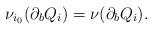
LaTeX: \begin{align*}\nu_{i_0}(\partial_bQ_i)=\nu(\partial_bQ_i).\end{align*}